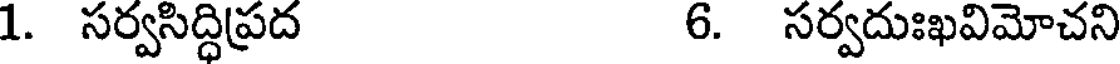
1. సర్వసిద్ధిప్రద 6. సర్వదుఃఖవిమోచని